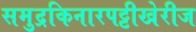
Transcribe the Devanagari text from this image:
समुद्रकिनारपट्टीखेरीज